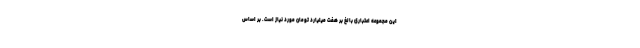
این مجموعه اعتباری بالغ بر هفت میلیارد تومان مورد نیاز است. بر اساس